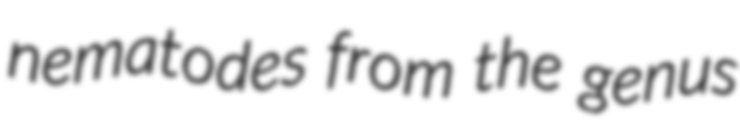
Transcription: nematodes from the genus